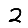
Digit: 2